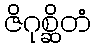
ဇိဂုစ္ဆိတံ